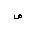
Letter: _sad